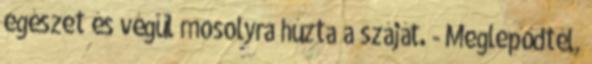
egészet és végül mosolyra húzta a száját. - Meglepődtél,